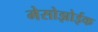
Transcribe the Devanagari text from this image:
मेसोझोईक